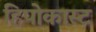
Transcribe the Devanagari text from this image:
हिपोकास्ट